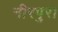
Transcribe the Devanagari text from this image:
नीरपुरा